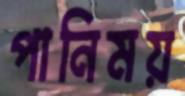
পানিময়